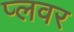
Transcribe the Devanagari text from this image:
प्लवर